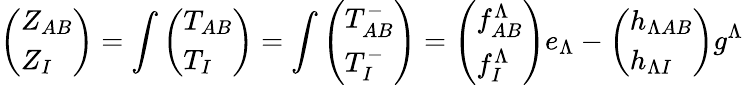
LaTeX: \left(\begin{array}{l}{{Z_{AB}}}\\ {{Z_{I}}}\end{array}\right)=\int\left(\begin{array}{l}{{T_{AB}}}\\ {{T_{I}}}\end{array}\right)=\int\left(\begin{array}{l}{{T_{AB}^{-}}}\\ {{T_{I}^{-}}}\end{array}\right)=\left(\begin{array}{l}{{f_{AB}^{\Lambda}}}\\ {{f_{I}^{\Lambda}}}\end{array}\right)e_{\Lambda}-\left(\begin{array}{l}{{h_{\Lambda AB}}}\\ {{h_{\Lambda I}}}\end{array}\right)g^{\Lambda}